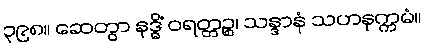
၃၉၈။ ဆေတွာ နဒ္ဓိံ ဝရတ္တဉ္စ၊ သန္ဒာနံ သဟနုက္ကမံ။